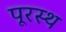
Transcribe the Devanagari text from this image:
पूरस्थ